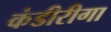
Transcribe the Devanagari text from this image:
कंडीरीगा